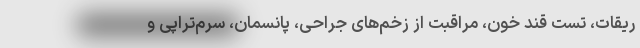
ریقات، تست قند خون، مراقبت از زخم‌های جراحی، پانسمان، سرم‌تراپی و